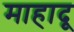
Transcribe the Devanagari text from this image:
माहादू